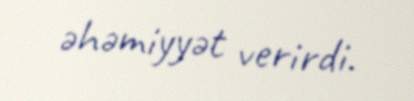
əhəmiyyət verirdi.